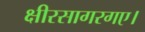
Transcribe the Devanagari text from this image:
क्षीरसागरगए।